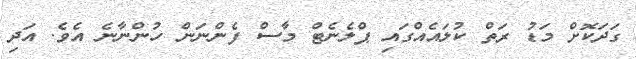
ގަދަކޮށް މަޑު ރަތް ކުލައެއްގައި ޕްލެނެޓް މާސް ފެންނަން ހުންނާނެ އެވެ. އަދި